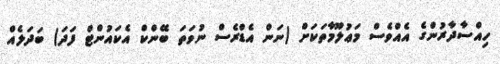
ހިއްސާދާރުންގެ އެއްވެސް މަޢުލޫމާތަކަށް (ނަން އެޑްރެސް ނުވަަތަ ބޭންކް އެކައުންޓް ފަދަ) ބަދަލެއް